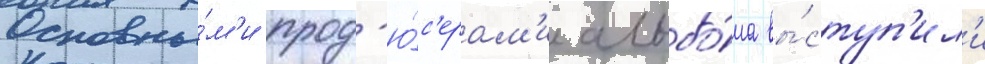
Основны́м'и прод'ю́с'ерам'и альбо́ма вы́ступ'ил'и